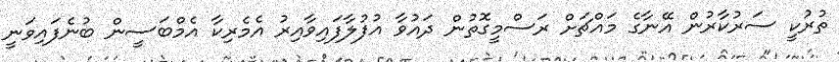
ތުރުކީ ސަރުކާރުން އޭނާގެ މައްޗަށް ރަސްމީގޮތުން ދައުވާ އުފުލާފައިވާއިރު އެމެރިކާ އެމްބަސީން ބުނެފައިވަނީ